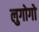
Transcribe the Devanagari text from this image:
लुगोगो